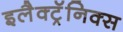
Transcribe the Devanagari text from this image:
इलैक्ट्रॅनिक्स